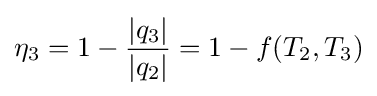
\eta _{3}=1-{\frac {|q_{3}|}{|q_{2}|}}=1-f(T_{2},T_{3})